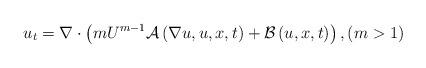
LaTeX: \begin{align*}u_t=\nabla\cdot\left(mU^{m-1}\mathcal{A}\left(\nabla u,u,x,t\right)+\mathcal{B}\left(u,x,t\right)\right), \left(m>1\right)\end{align*}